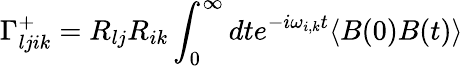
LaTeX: \Gamma_{ljik}^{+}=R_{lj}R_{ik}\int_{0}^{\infty}dte^{-i\omega_{i,k}t}\langle B(0)B(t)\rangle